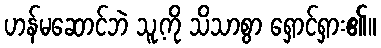
ဟန်မဆောင်ဘဲ သူ့ကို သိသာစွာ ရှောင်ရှား၏။